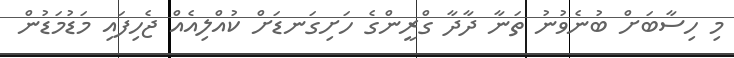
މި ހިސާބަށް ބުނެވުނު ތަނާ ދާދާ ގްރީންގެ ހަށިގަނޑަށް ކުއްލިއެއް ޖެހިފައި މަޑުމަޑުން